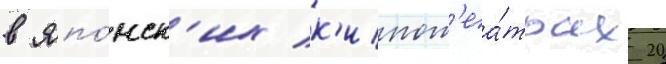
в япо́нск'их к'инот'еа́трах 20